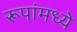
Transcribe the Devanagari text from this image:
रूपांमध्ये